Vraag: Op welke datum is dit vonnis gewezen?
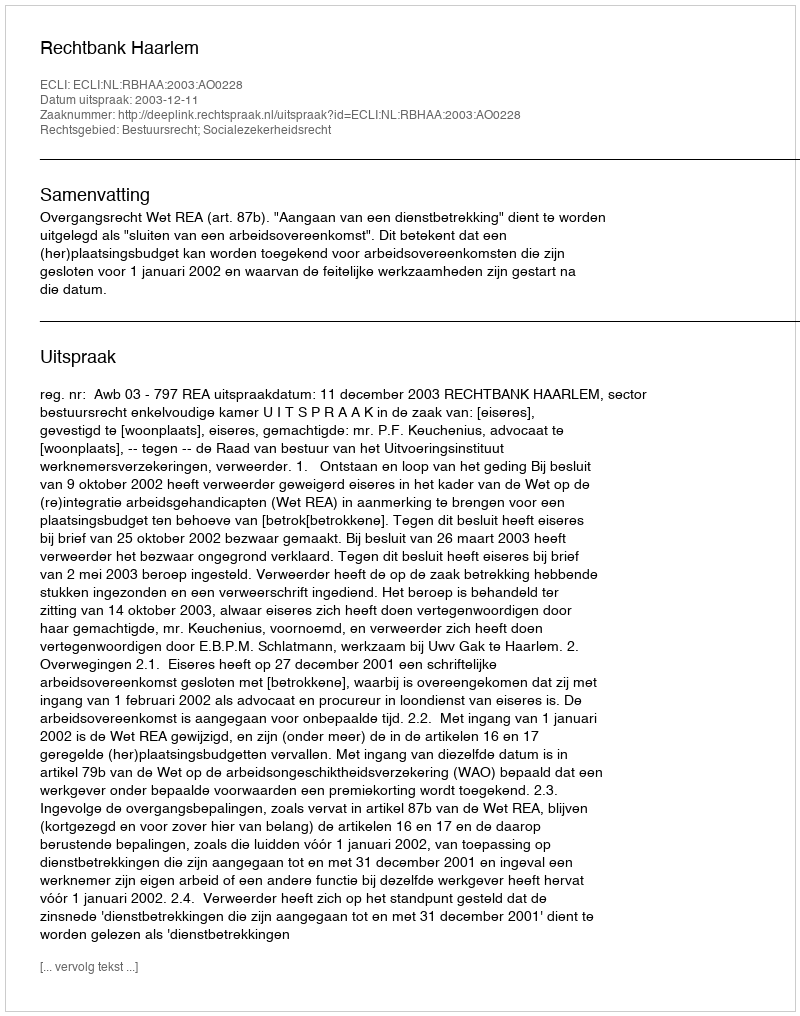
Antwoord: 2003-12-11